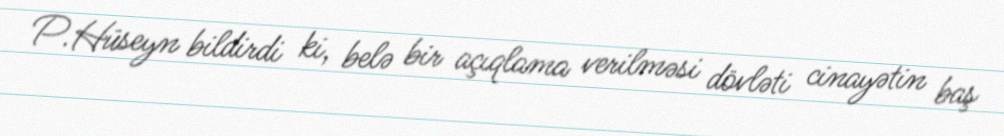
P.Hüseyn bildirdi ki, belə bir açıqlama verilməsi dövləti cinayətin baş